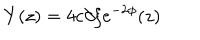
Y ( z ) = 4 c \partial \xi e ^ { - 2 \phi } ( z )